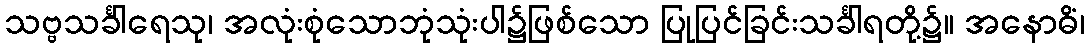
သဗ္ဗသင်္ခါရေသု၊ အလုံးစုံသောဘုံသုံးပါ၌ဖြစ်သော ပြုပြင်ခြင်းသင်္ခါရတို့၌။ အနောဓိံ၊